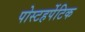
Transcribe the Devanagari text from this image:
पोस्टहर्पेटिक